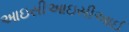
આઇસીઆઇસીઆઈ